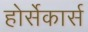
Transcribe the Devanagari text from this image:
होर्सेकार्स